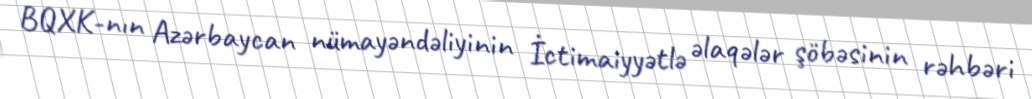
BQXK-nın Azərbaycan nümayəndəliyinin İctimaiyyətlə əlaqələr şöbəsinin rəhbəri